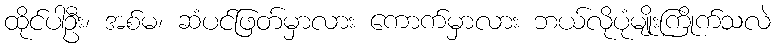
ထိုင်ပါဦး၊ အစ်မ၊ ဆံပင်ဖြတ်မှာလား ကောက်မှာလား ဘယ်လိုပုံမျိုးကြိုက်သလဲ